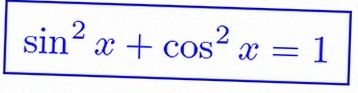
\sin^2x+\cos^2x=1